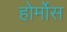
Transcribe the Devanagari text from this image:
होर्मोस